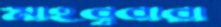
মাহবুবারা